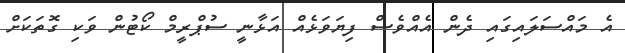
އެ މައްސަލައިގައި ދެން އެއްވެސް ފިޔަވަޅެއް އަޅާނީ ސުޕްރީމް ކޯޓުން ވަކި ގޮތަކަށް